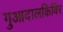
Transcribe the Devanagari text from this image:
गुआदालकिविर